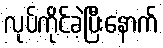
လုပ်ကိုင်ခဲ့ပြီးနောက်